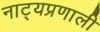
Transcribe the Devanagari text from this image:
नाट्यप्रणाली